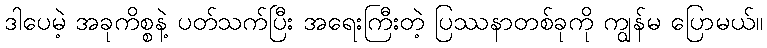
ဒါပေမဲ့ အခုကိစ္စနဲ့ ပတ်သက်ပြီး အရေးကြီးတဲ့ ပြဿနာတစ်ခုကို ကျွန်မ ပြောမယ်။